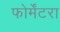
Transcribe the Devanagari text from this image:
फोर्मेंटरा